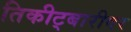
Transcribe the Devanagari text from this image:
तिकीट्बारीवर